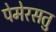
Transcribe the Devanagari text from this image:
पेमेरसतु